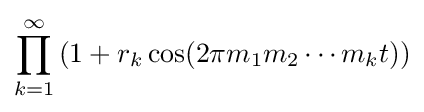
\prod _{k=1}^{\infty }\left(1+r_{k}\cos(2\pi m_{1}m_{2}\cdots m_{k}t)\right)